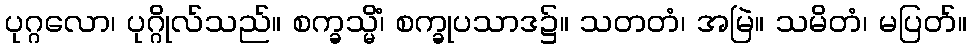
ပုဂ္ဂလော၊ ပုဂ္ဂိုလ်သည်။ စက္ခသ္မိံ၊ စက္ခုပသာဒ၌။ သတတံ၊ အမြဲ။ သမိတံ၊ မပြတ်။